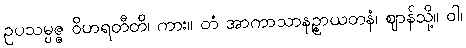
ဥပသမ္ပဇ္ဇ ဝိဟရတီတိ၊ ကား။ တံ အာကာသာနဉ္စာယတနံ၊ ဈာန်သို့။ ဝါ၊